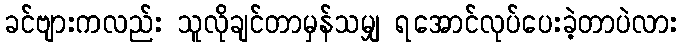
ခင်ဗျားကလည်း သူလိုချင်တာမှန်သမျှ ရအောင်လုပ်ပေးခဲ့တာပဲလား